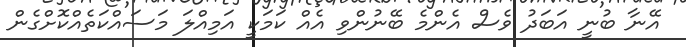
އޭނާ ބުނީ އަބަދު ވެސް އެންމެ ބޭނުންވި އެއް ކަމަކީ އަމިއްލަ މަސައްކަތެއްކޮށްގެން